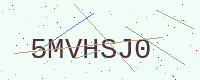
Text: 5MVHSJ0